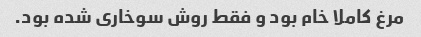
مرغ کاملا خام بود و فقط روش سوخاری شده بود.